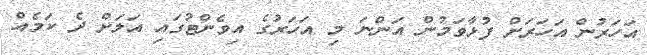
އަހަރުން އަހަރަށް ފުޅާވަމުން އަންނަ މި އަހަރުގެ އިވެންޓުގައި އަލަށް ދެ ކަމެއް